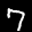
Label: 7